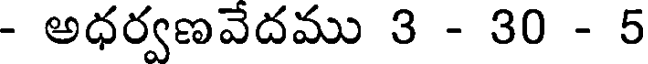
- అధర్వణవేదము 3 - 30 - 5